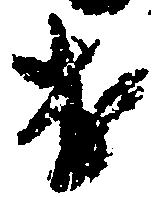
遣